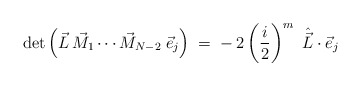
\begin{align*}\det \left( \vec{L}\,\vec{M}_1 \cdots \vec{M}_{N-2}\;\vec{e}_j\right)\;=\; -\,2 \left( \frac i 2 \right)^m \ \hat{\vec{L}} \cdot \vec{e}_j\end{align*}